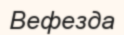
Вефезда